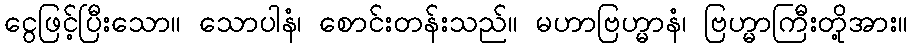
ငွေဖြင့်ပြီးသော။ သောပါနံ၊ စောင်းတန်းသည်။ မဟာဗြဟ္မာနံ၊ ဗြဟ္မာကြီးတို့အား။